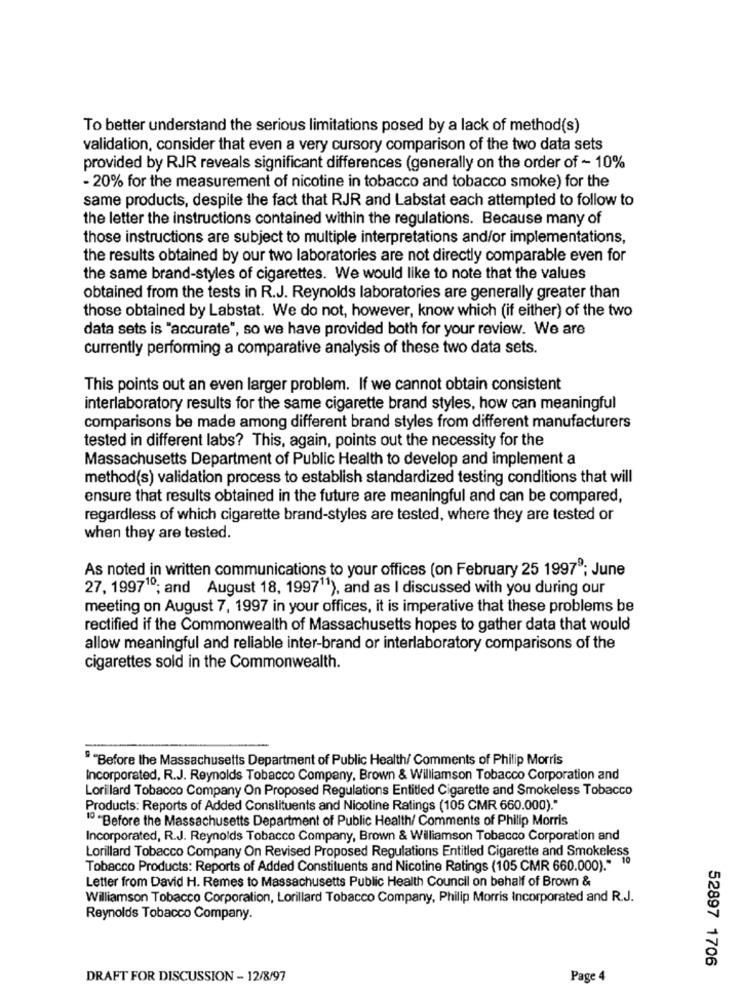
To better understand the serious limitations posed by a lack of method(s)
validation, consider that even a very cursory comparison of the two data sets
provided by RJR reveals significant differences (generally on the order of - 10%
- 20% for the measurement of nicotine in tobacco and tobacco smoke) for the
same products, despite the fact that RJR and Labstat each attempted to follow to
the letter the instructions contained within the regulations. Because many of
those instructions are subject to multiple interpretations and/or implementations,
the results obtained by our two laboratories are not directly comparable even for
the same brand-styles of cigarettes. We would like to note that the values
obtained from the tests in R.J. Reynolds laboratories are generally greater than
those obtained by Labstat. We do not, however, know which (if either) of the two
data sets is "accurate", so we have provided both for your review. We are
currently performing a comparative analysis of these two data sets.
This points out an even larger problem. If we cannot obtain consistent
interlaboratory results for the same cigarette brand styles, how can meaningful
comparisons be made among different brand styles from different manufacturers
tested in different labs? This, again, points out the necessity for the
Massachusetts Department of Public Health to develop and implement a
method(s) validation process to establish standardized testing conditions that will
ensure that results obtained in the future are meaningful and can be compared,
regardless of which cigarette brand-styles are tested, where they are tested or
when they are tested.
As noted in written communications to your offices (on February 25 19978; June
27, 199710; and August 18, 1997"1), and as I discussed with you during our
meeting on August 7, 1997 in your offices, it is imperative that these problems be
rectified if the Commonwealth of Massachusetts hopes to gather data that would
allow meaningful and reliable inter-brand or interlaboratory comparisons of the
cigarettes sold in the Commonwealth.
" "Before the Massachusetts Department of Public Health/ Comments of Philip Morris
Incorporated, R.J. Reynolds Tobacco Company, Brown & Williamson Tobacco Corporation and
Lorillard Tobacco Company On Proposed Regulations Entitled Cigarette and Smokeless Tobacco
Products: Reports of Added Constituents and Nicotine Ratings (105 CMR 660.000)."
10 "Before the Massachusetts Department of Public Health/ Comments of Philip Morris
Incorporated, R.J. Reynolds Tobacco Company, Brown & Williamson Tobacco Corporation and
Lorillard Tobacco Company On Revised Proposed Regulations Entitled Cigarette and Smokeless
Tobacco Products: Reports of Added Constituents and Nicotine Ratings (105 CMR 660.000)." "
Letter from David H. Remes to Massachusetts Public Health Council on behalf of Brown &
Williamson Tobacco Corporation, Lorillard Tobacco Company, Philip Morris Incorporated and R.J.
Reynolds Tobacco Company.
52897 1706
DRAFT FOR DISCUSSION - 12/8/97
Page 4